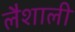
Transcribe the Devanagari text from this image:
लैशाली